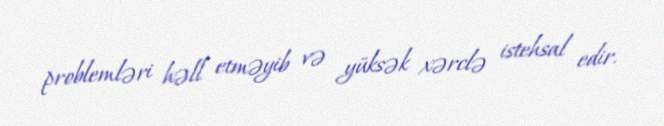
problemləri həll etməyib və yüksək xərclə istehsal edir.